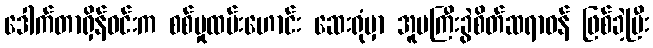
ဒေါက်တာရှိန်ဝင်းက စစ်မှုထမ်းဟောင်း ဆေးရုံမှာ အူမကြီးခွဲစိတ်ဆရာဝန် ဖြစ်ခဲ့ပြီး